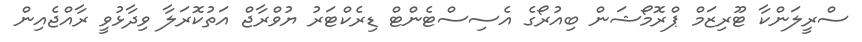
ސްރީލަންކާ ޓޫރިޒަމް ޕްރޮމޯޝަން ބިއުރޯގެ އެސިސްޓެންޓް ޑިރެކްޓަރު ޔުވްރާޖް އަތުކޮރަލާ ވިދާޅުވީ ރާއްޖެއިން